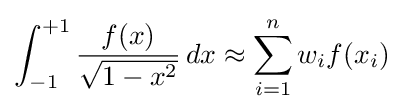
\int _{-1}^{+1}{\frac {f(x)}{\sqrt {1-x^{2}}}}\,dx\approx \sum _{i=1}^{n}w_{i}f(x_{i})